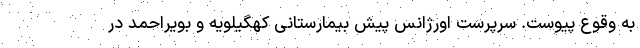
به وقوع پیوست. سرپرست اورژانس پیش بیمارستانی کهگیلویه و بویراحمد در